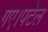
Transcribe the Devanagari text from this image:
गए।पटेल